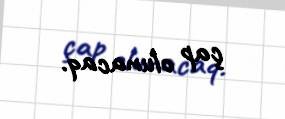
çap olunacaq.